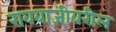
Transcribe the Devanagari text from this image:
रावबाजीवरील